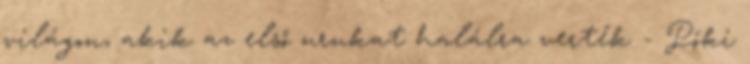
világon, akik az első urukat halálra verték - Póki